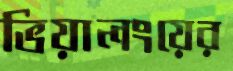
ভিয়ালংয়ের